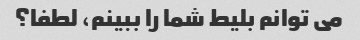
می توانم بلیط شما را ببینم، لطفا؟